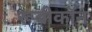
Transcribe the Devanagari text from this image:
रूबीकॉन